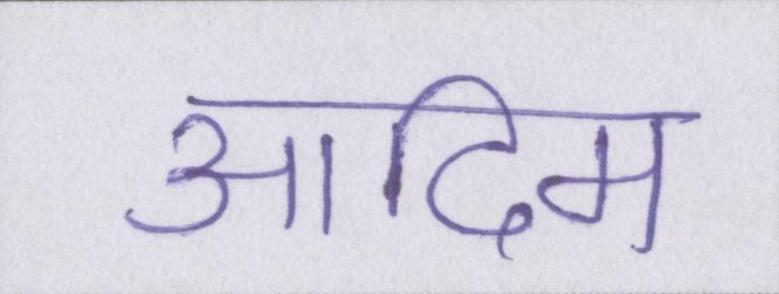
आदिम